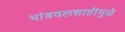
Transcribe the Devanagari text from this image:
भांडवलशाहीमुळे